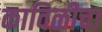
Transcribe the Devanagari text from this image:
काविळीचा